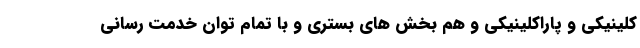
کلینیکی و پاراکلینیکی و هم بخش های بستری و با تمام توان خدمت رسانی